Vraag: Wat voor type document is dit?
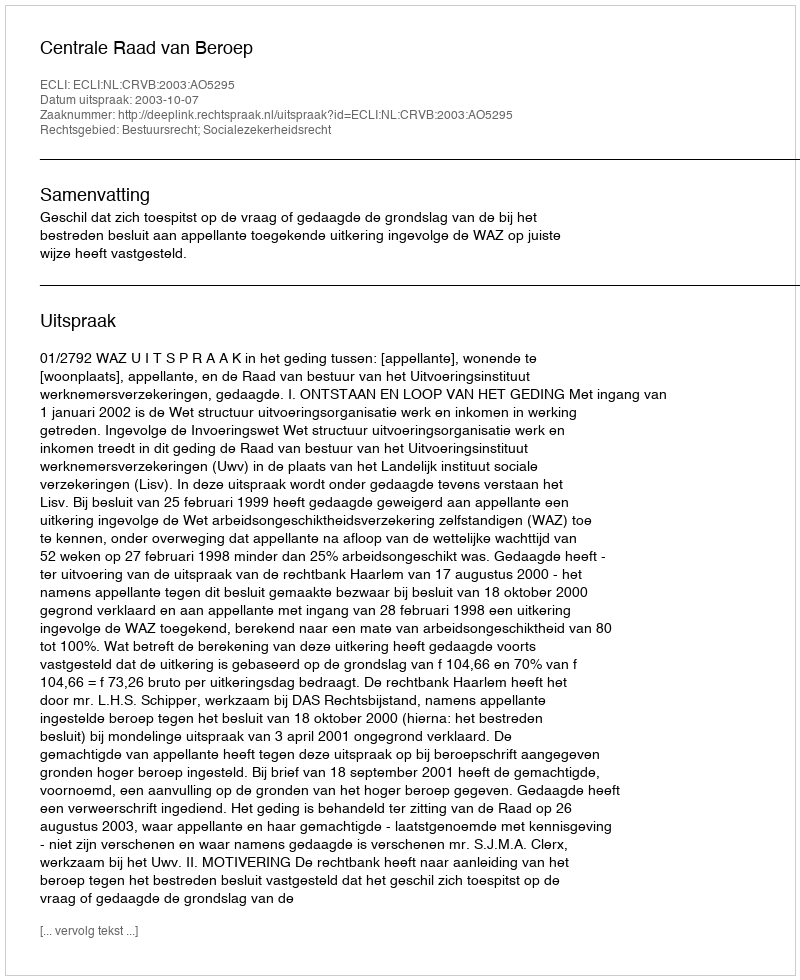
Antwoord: Uitspraak